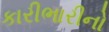
કારીભારીનો